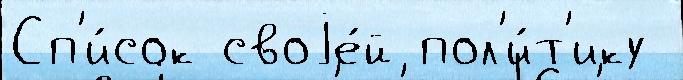
Сп'и́сок своjе́й пол'и́т'ику